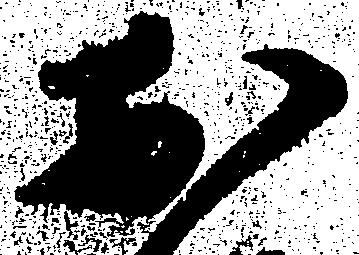
於